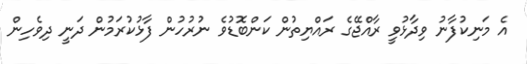
އެ މަނިކުފާނު ވިދާޅުވީ ރާއްޖޭގެ ރައްޔިތުން ކަންބޮޑުވެ ނުރުހުން ފާޅުކުރަމުން ދަނީ ދިވެހިން